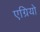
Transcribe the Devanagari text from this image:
एग्रियो